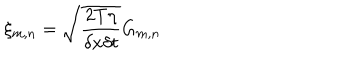
LaTeX: \xi _ { m , n } = \sqrt { \frac { 2 T \eta } { \delta x \delta t } } G _ { m , n }